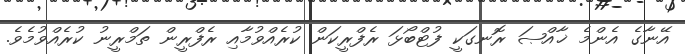
އޭނާގެ އެންމެ ޚާއްޞަ ރޮނގަކީ ފުޓްބޯޅަ ރެފްރީކަން ކުރެއްވުމާއި ރެފްރީން ތަމްރީނު ކުރެއްވުމެވެ.